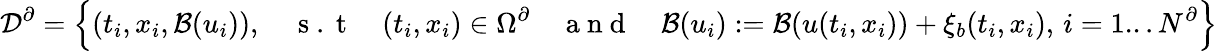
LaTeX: \mathcal{D}^{\partial}=\left\{ (t_{i},x_{i},\mathcal{B}(u_{i})),\quad\mathrm{~s~.~t~}\quad(t_{i},x_{i})\in\Omega^{\partial}\quad\mathrm{~a~n~d~}\quad\mathcal{B}(u_{i}):=\mathcal{B}(u(t_{i},x_{i}))+\xi_{b}(t_{i},x_{i}),\, i=1...N^{\partial}\right\}